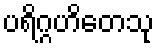
ပရိဂ္ဂဟိတေသု